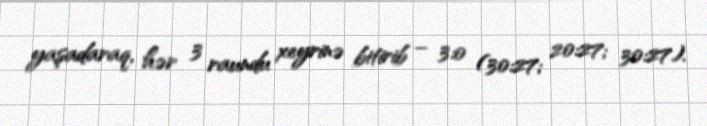
yaşadaraq, hər 3 raundu xeyrinə bitirib – 3:0 (30:27; 20:27; 30:27).